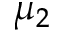
\mu _ { 2 }